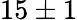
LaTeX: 15\pm 1